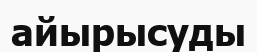
айырысуды